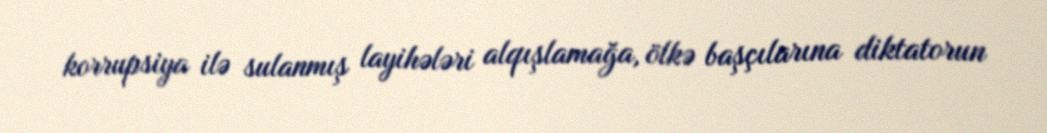
korrupsiya ilə sulanmış layihələri alqışlamağa, ölkə başçılarına diktatorun